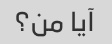
آیا من؟